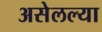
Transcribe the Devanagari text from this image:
असेलल्या